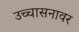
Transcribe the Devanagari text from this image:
उच्चासनावर